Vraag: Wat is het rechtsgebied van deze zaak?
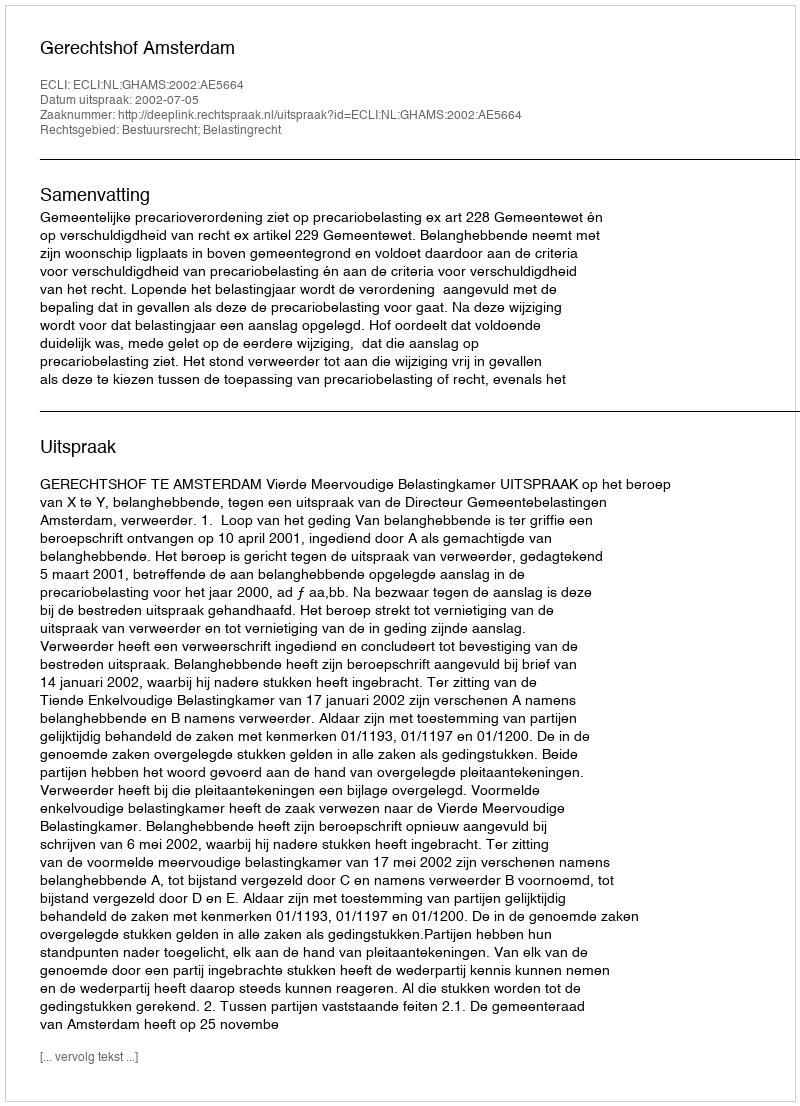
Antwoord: Bestuursrecht; Belastingrecht